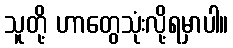
သူတို့ ဟာတွေသုံးလို့ရမှာပါ။